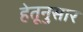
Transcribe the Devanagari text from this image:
हेतूनुसार